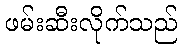
ဖမ်းဆီးလိုက်သည်